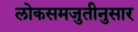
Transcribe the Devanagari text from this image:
लोकसमजुतीनुसार